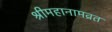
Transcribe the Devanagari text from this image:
श्रीमहानामव्रत